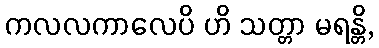
ကလလကာလေပိ ဟိ သတ္တာ မရန္တိ,